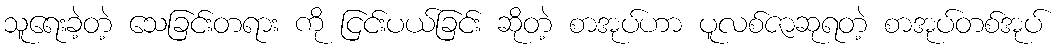
သူရေးခဲ့တဲ့ သေခြင်းတရား ကို ငြင်းပယ်ခြင်း ဆိုတဲ့ စာအုပ်ဟာ ပူလစ်ဇာဆုရတဲ့ စာအုပ်တစ်အုပ်